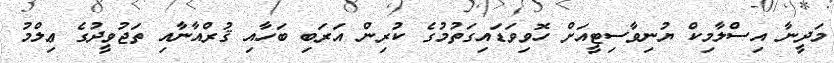
މަދީނާ އިސްލާމިކް ޔުނިވާސިޓީއަށް ހޮވިވަޑައިގަތުމުގެ ކުރިން އަރަބި ބަހާއި ޤުރްއާނާއި ތަޖުވީދުގެ ޢިލްމު